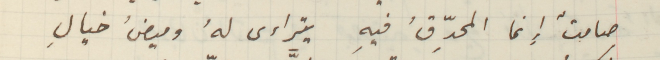
صامتٌ إنما المحدِّقُ فيه يتراءى لهُ وميضُ خيالِ